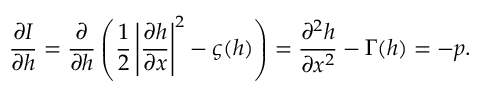
\frac { \partial I } { \partial h } = \frac { \partial } { \partial h } \left( \frac { 1 } { 2 } \left| \frac { \partial h } { \partial x } \right| ^ { 2 } - \varsigma ( h ) \right) = \frac { \partial ^ { 2 } h } { \partial x ^ { 2 } } - \Gamma ( h ) = - p .